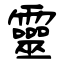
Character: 靈